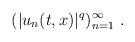
LaTeX: \begin{align*} (|u_n(t,x)|^q)_{n=1}^\infty \ .\end{align*}